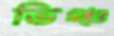
ভিঞ্চ